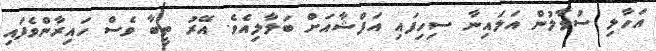
އަހާލި ސުވާލުން އަލައިނާ ސިހިފައި އަފްޝާއަށް ބަލާލިއެވެ. އޭރު ތީބާ ވެސް ހައިރާންވެފައި